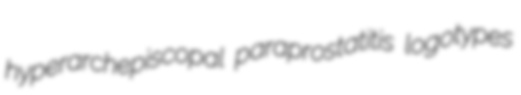
hyperarchepiscopal paraprostatitis logotypes